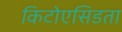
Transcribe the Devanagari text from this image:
किटोएसिडता